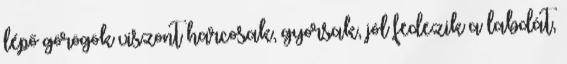
lépő görögök viszont harcosak, gyorsak, jól fedezik a labdát,